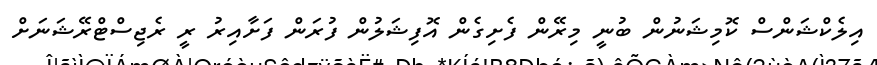
އިލެކްޝަންސް ކޮމިޝަނުން ބުނީ މިރޭން ފެށިގެން އޮފިޝަލުން ފުރަން ފަށާއިރު ރީ ރެޖިސްޓްރޭޝަނަށް